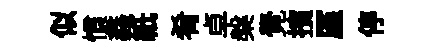
似慣鑫紙肴卓槃覺擯厪停